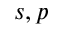
s , p